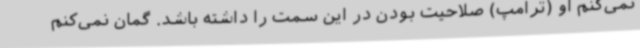
نمی‌کنم او (ترامپ) صلاحیت بودن در این سمت را داشته باشد. گمان نمی‌کنم